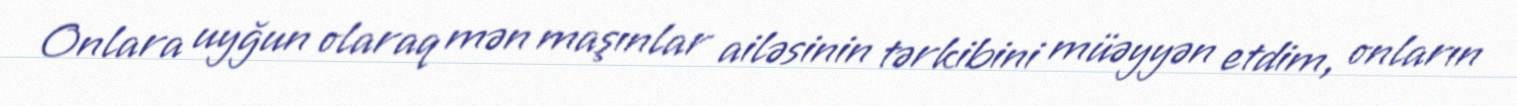
Onlara uyğun olaraq mən maşınlar ailəsinin tərkibini müəyyən etdim, onların